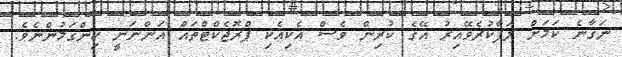
ނަގާނެ ކަމަށް ލަފާކުރެވޭއިރު އޭގެ ކުރިން ވެސް އެކިއެކި ޕްރޮޖެކްޓްތައް އަންނަނީ ހިންގަމުންނެެެވެ.